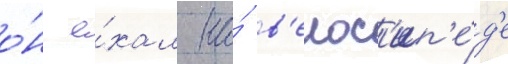
о́н е́хал на́ в'елос'ип'е́д'е